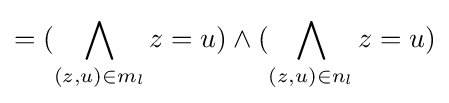
=({\bigwedge _{(z,u)\in m_{l}}z=u})\land ({\bigwedge _{(z,u)\in n_{l}}z=u})